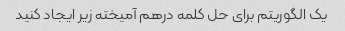
یک الگوریتم برای حل کلمه درهم آمیخته زیر ایجاد کنید